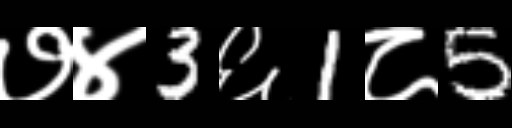
Text: ७४3६1८5